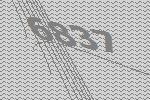
6837